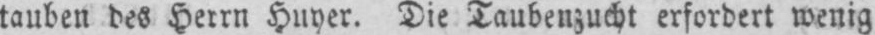
tauben des Herrn Huyer. Die Taubenzucht erfordert wenig